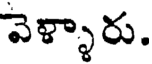
వెళ్ళారు.